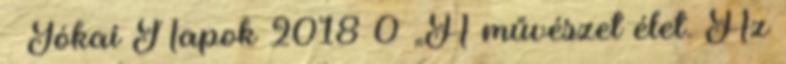
Jókai Napok 2018 0 „A művészet élet. Az